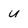
Character: u